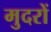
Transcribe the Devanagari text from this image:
मुदरों